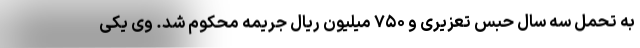
به تحمل سه سال حبس تعزیری و ۷۵۰ میلیون ریال جریمه محکوم شد. وی یکی